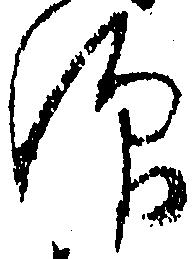
仰